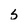
Character: 5